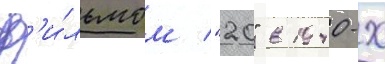
ф'и́льмом "20" в 1940-х